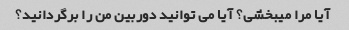
آیا مرا میبخشی؟ آیا می توانید دوربین من را برگردانید؟